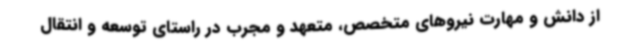
از دانش و مهارت نیروهای متخصص، متعهد و مجرب در راستای توسعه و انتقال